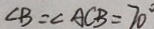
\angle B = \angle A C B = 7 0 ^ { \circ }